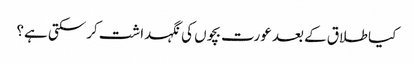
کیا طلاق کے بعد عورت بچوں‌ کی نگہداشت کرسکتی ہے؟